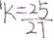
k = \frac { 2 5 } { 2 7 }